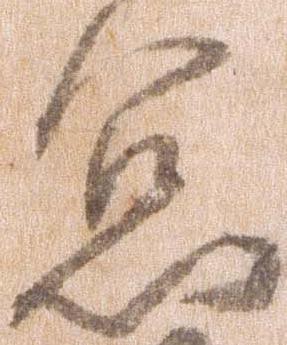
怠